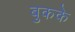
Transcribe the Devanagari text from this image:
बुकके